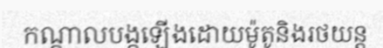
កណ្តាលបង្កឡើងដោយម៉ូតូនិងរថយន្ត